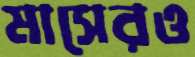
মাসেরও